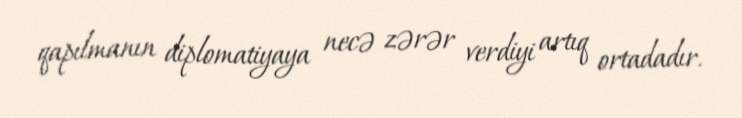
qapılmanın diplomatiyaya necə zərər verdiyi artıq ortadadır.